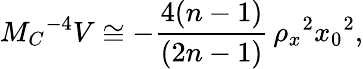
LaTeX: M_{C}{}^{-4}V\cong-\frac{4(n-1)}{(2n-1)}\, \rho_{x}{}^{2}x_{0}{}^{2},